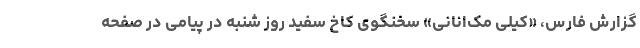
گزارش فارس، «کیلی مک‌انانی» سخنگوی کاخ سفید روز شنبه در پیامی در صفحه